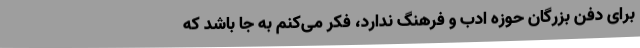
برای دفن بزرگان حوزه ادب و فرهنگ ندارد، فکر می‌کنم به جا باشد که